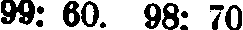
99: 60. 98: 70